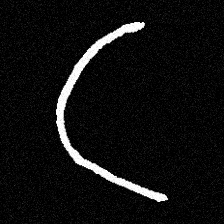
Pyu character \u2014 Myanmar letter: ဋ (romanized: tta)